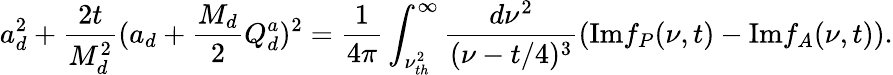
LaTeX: a_{d}^{2}+{\frac{2t}{M_{d}^{2}}}(a_{d}+{\frac{M_{d}}{2}}Q_{d}^{a})^{2}={\frac{1}{4\pi}}\int_{\nu_{th}^{2}}^{\infty}{\frac{d\nu^{2}}{(\nu-t/4)^{3}}}(\mathrm{Im}f_{P}(\nu,t)-\mathrm{Im}f_{A}(\nu,t)).